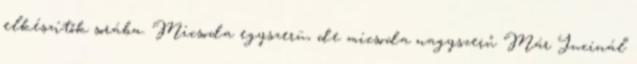
elkészítők sorába. Micsoda egyszerü, de micsoda nagyszerű Már Jucinál